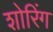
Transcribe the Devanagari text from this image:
शोरिंग